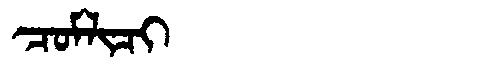
Manchu: ᠴᠣᠮᠯᡳᠴᡳ
Romanization: COMLICI